Indian journal of veterinary science and animal husbandry - Volume 5,
Year: 1935
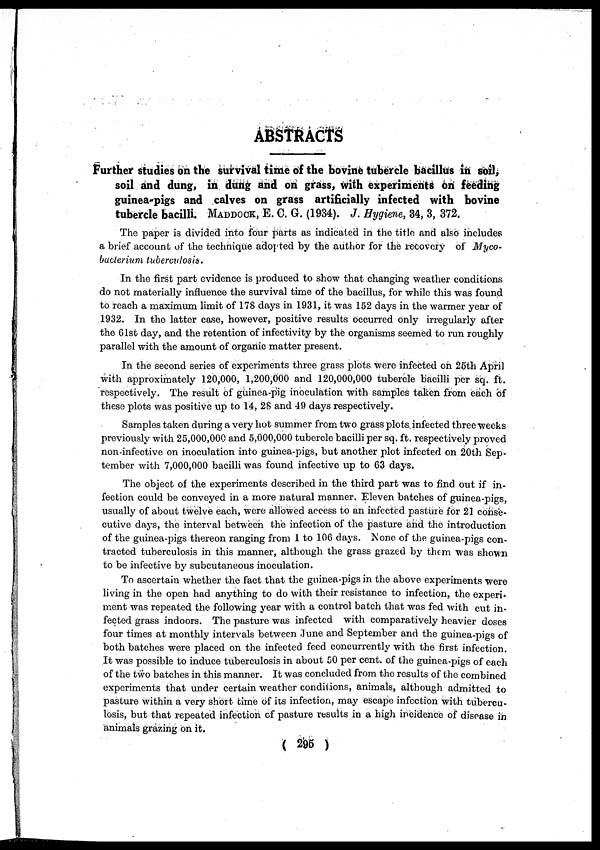
ABSTRACTS
Further studies on the survival time of the bovine tubercle bacillus in soil,
soil and dung, in dung and on grass, with experiments on feeding
guinea-pigs and calves on grass artificially infected with bovine
tubercle bacilli. MADDOCK, E. C. G. (1934). J. Hygiene, 34, 3, 372.
The paper is divided into four parts as indicated in the title and also includes
a brief account of the technique adopted by the author for the recovery of Myco-
bacterium tuberculosis.
In the first part evidence is produced to show that changing weather conditions
do not materially influence the survival time of the bacillus, for while this was found
to reach a maximum limit of 178 days in 1931, it was 152 days in the warmer year of
1932. In the latter case, however, positive results occurred only irregularly after
the 61st day, and the retention of infectivity by the organisms seemed to run roughly
parallel with the amount of organic matter present.
In the second series of experiments three grass plots were infected on 25th April
with approximately 120,000, 1,200,000 and 120,000,000 tubercle bacilli per sq. ft.
respectively. The result of guinea-pig inoculation with samples taken from each of
these plots was positive up to 14, 28 and 49 days respectively.
Samples taken during a very hot summer from two grass plots infected three weeks
previously with 25,000,000 and 5,000,000 tubercle bacilli per sq. ft. respectively proved
non-infective on inoculation into guinea-pigs, but another plot infected on 20th Sep-
tember with 7,000,000 bacilli was found infective up to 63 days.
The object of the experiments described in the third part was to find out if in-
fection could be conveyed in a more natural manner. Eleven batches of guinea-pigs,
usually of about twelve each, were allowed access to an infected pasture for 21 conse-
cutive days, the interval between the infection of the pasture and the introduction
of the guinea-pigs thereon ranging from 1 to 106 days. None of the guinea-pigs con-
tracted tuberculosis in this manner, although the grass grazed by them was shown
to be infective by subcutaneous inoculation.
To ascertain whether the fact that the guinea-pigs in the above experiments were
living in the open had anything to do with their resistance to infection, the experi-
ment was repeated the following year with a control batch that was fed with cut in-
fected grass indoors. The pasture was infected with comparatively heavier doses
four times at monthly intervals between June and September and the guinea-pigs of
both batches were placed on the infected feed concurrently with the first infection.
It was possible to induce tuberculosis in about 50 per cent. of the guinea-pigs of each
of the two batches in this manner. It was concluded from the results of the combined
experiments that under certain weather conditions, animals, although admitted to
pasture within a very short time of its infection, may escape infection with tubercu-
losis, but that repeated infection of pasture results in a high incidence of disease in
animals grazing on it.
( 295 )